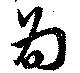
為